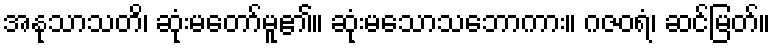
အနုသာသတိ၊ ဆုံးမတော်မူ၏။ ဆုံးမသောသဘောကား။ ဂဇဝရံ၊ ဆင်မြတ်။